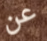
عن